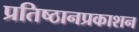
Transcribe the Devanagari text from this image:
प्रतिष्ठानप्रकाशन